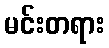
မင်းတရား